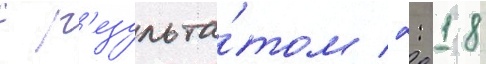
с р'езульта́том 2: 18